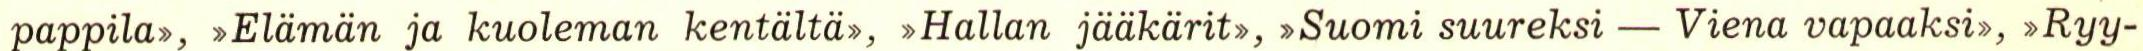
pappila>, >Elämän ja kuoleman kentälta>, >Hallan jääkärit,,>Suomi suureksi - Viena vapaaksi>, Ryy-